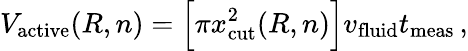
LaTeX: V_{\mathrm{active}}(R,n)=\Big[\pi x_{\mathrm{cut}}^{2}(R,n)\Big]v_{\mathrm{fluid}}t_{\mathrm{meas}}\, ,